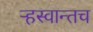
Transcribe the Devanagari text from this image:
ऱ्हस्वान्तच